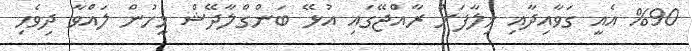
%90 އެއީ ގަވާއިދާއި ޚިލާފަށް ރާއްޖޭގައި އުޅޭ ބަންގްލާދޭޝް މީހުން ލައްވާ ދިވެހި